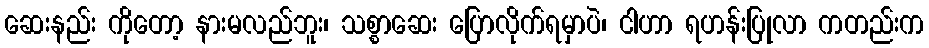
ဆေးနည်း ကိုတော့ နားမလည်ဘူး၊ သစ္စာဆေး ပြောလိုက်ရမှာပဲ၊ ငါဟာ ရဟန်းပြုလာ ကတည်းက